Indian journal of veterinary science and animal husbandry - Volume 13,
Year: 1943
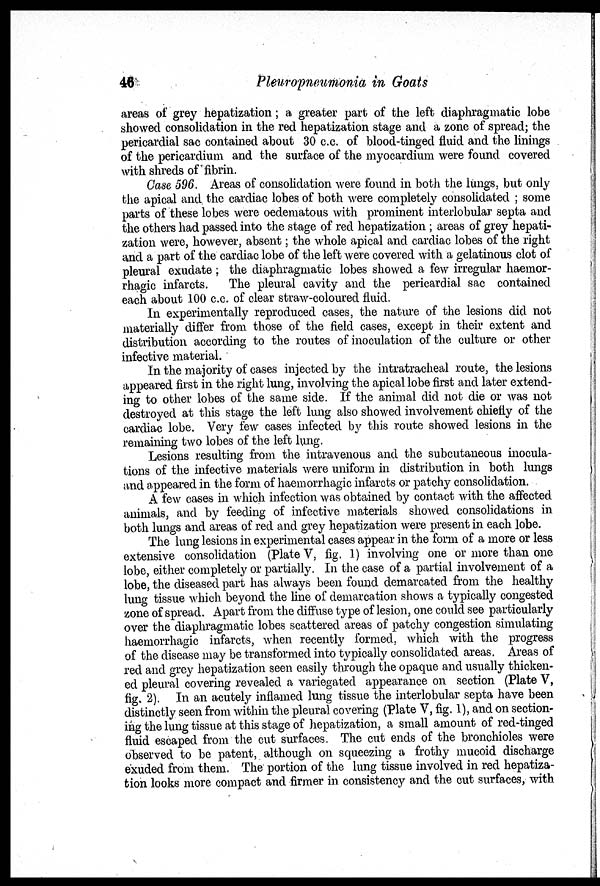
46
Pleuropneumonia in Goats
areas of grey hepatization; a greater part of the left diaphragmatic lobe
showed consolidation in the red hepatization stage and a zone of spread; the
pericardial sac contained about 30 c.c. of blood-tinged fluid and the linings
of the pericardium and the surface of the myocardium were found covered
with shreds of fibrin.
Case 596. Areas of consolidation were found in both the lungs, but only
the apical and the cardiac lobes of both were completely consolidated ; some
parts of these lobes were oedematous with prominent interlobular septa and
the others had passed into the stage of red hepatization; areas of grey hepati-
zation were, however, absent; the whole apical and cardiac lobes of the right
and a part of the cardiac lobe of the left were covered with a gelatinous clot of
pleural exudate; the diaphragmatic lobes showed a few irregular haemor-
rhagic infarcts. The pleural cavity and the pericardial sac contained
each about 100 c.c. of clear straw-coloured fluid.
In experimentally reproduced cases, the nature of the lesions did not
materially differ from those of the field cases, except in their extent and
distribution according to the routes of inoculation of the culture or other
infective material.
In the majority of cases injected by the intratracheal route, the lesions
appeared first in the right lung, involving the apical lobe first and later extend-
ing to other lobes of the same side. If the animal did not die or was not
destroyed at this stage the left lung also showed involvement chiefly of the
cardiac lobe. Very few cases infected by this route showed lesions in the
remaining two lobes of the left lung.
Lesions resulting from the intravenous and the subcutaneous inocula-
tions of the infective materials were uniform in distribution in both lungs
and appeared in the form of haemorrhagic infarcts or patchy consolidation.
A few cases in which infection was obtained by contact with the affected
animals, and by feeding of infective materials showed consolidations in
both lungs and areas of red and grey hepatization were present in each lobe.
The lung lesions in experimental cases appear in the form of a more or less
extensive consolidation (Plate V, fig. 1) involving one or more than one
lobe, either completely or partially. In the case of a partial involvement of a
lobe, the diseased part has always been found demarcated from the healthy
lung tissue which beyond the line of demarcation shows a typically congested
zone of spread. Apart from the diffuse type of lesion, one could see particularly
over the diaphragmatic lobes scattered areas of patchy congestion simulating
haemorrhagic infarcts, when recently formed, which with the progress
of the disease may be transformed into typically consolidated areas. Areas of
red and grey hepatization seen easily through the opaque and usually thicken-
ed pleural covering revealed a variegated appearance on section (Plate V,
fig. 2). In an acutely inflamed lung tissue the interlobular septa have been
distinctly seen from within the pleural covering (Plate V, fig. 1), and on section-
ing the lung tissue at this stage of hepatization, a small amount of red-tinged
fluid escaped from the cut surfaces. The cut ends of the bronchioles were
observed to be patent, although on squeezing a frothy mucoid discharge
exuded from them. The portion of the lung tissue involved in red hepatiza-
tion looks more compact and firmer in consistency and the cut surfaces, with